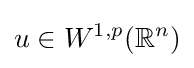
u\in W^{1,p}(\mathbb {R} ^{n})